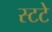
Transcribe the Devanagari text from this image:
स्टटे